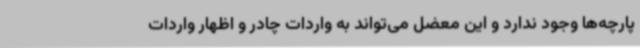
پارچه‌ها وجود ندارد و این معضل می‌تواند به واردات چادر و اظهار واردات